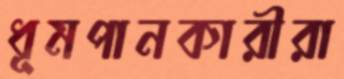
ধূমপানকারীরা